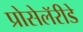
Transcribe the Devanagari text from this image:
प्रोसेलॅरीडे